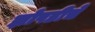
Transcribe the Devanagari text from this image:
झोपडीचे